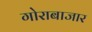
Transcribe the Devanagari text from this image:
गोराबाजार